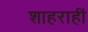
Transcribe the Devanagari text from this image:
शाहराहीं